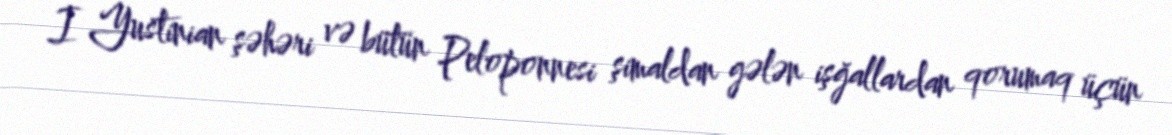
I Yustinian şəhəri və bütün Peloponnesi şimaldan gələn işğallardan qorumaq üçün